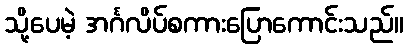
သို့ပေမဲ့ အင်္ဂလိပ်စကားပြောကောင်းသည်။